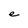
Character: e